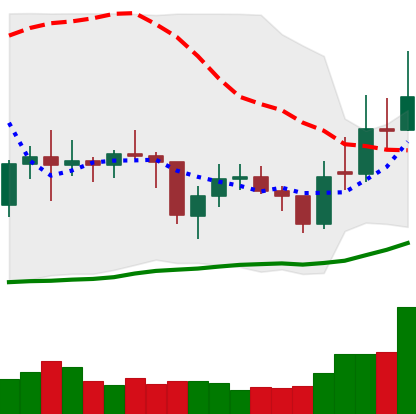
Ticker: EOS-USD
Chart end date: 2021-02-01
Forward return: 4.862%
Label: up_3_5